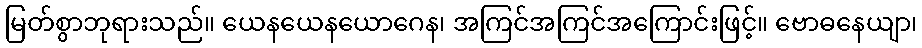
မြတ်စွာဘုရားသည်။ ယေနယေနယောဂေန၊ အကြင်အကြင်အကြောင်းဖြင့်။ ဗောဓနေယျာ၊